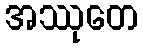
အဿုတေ